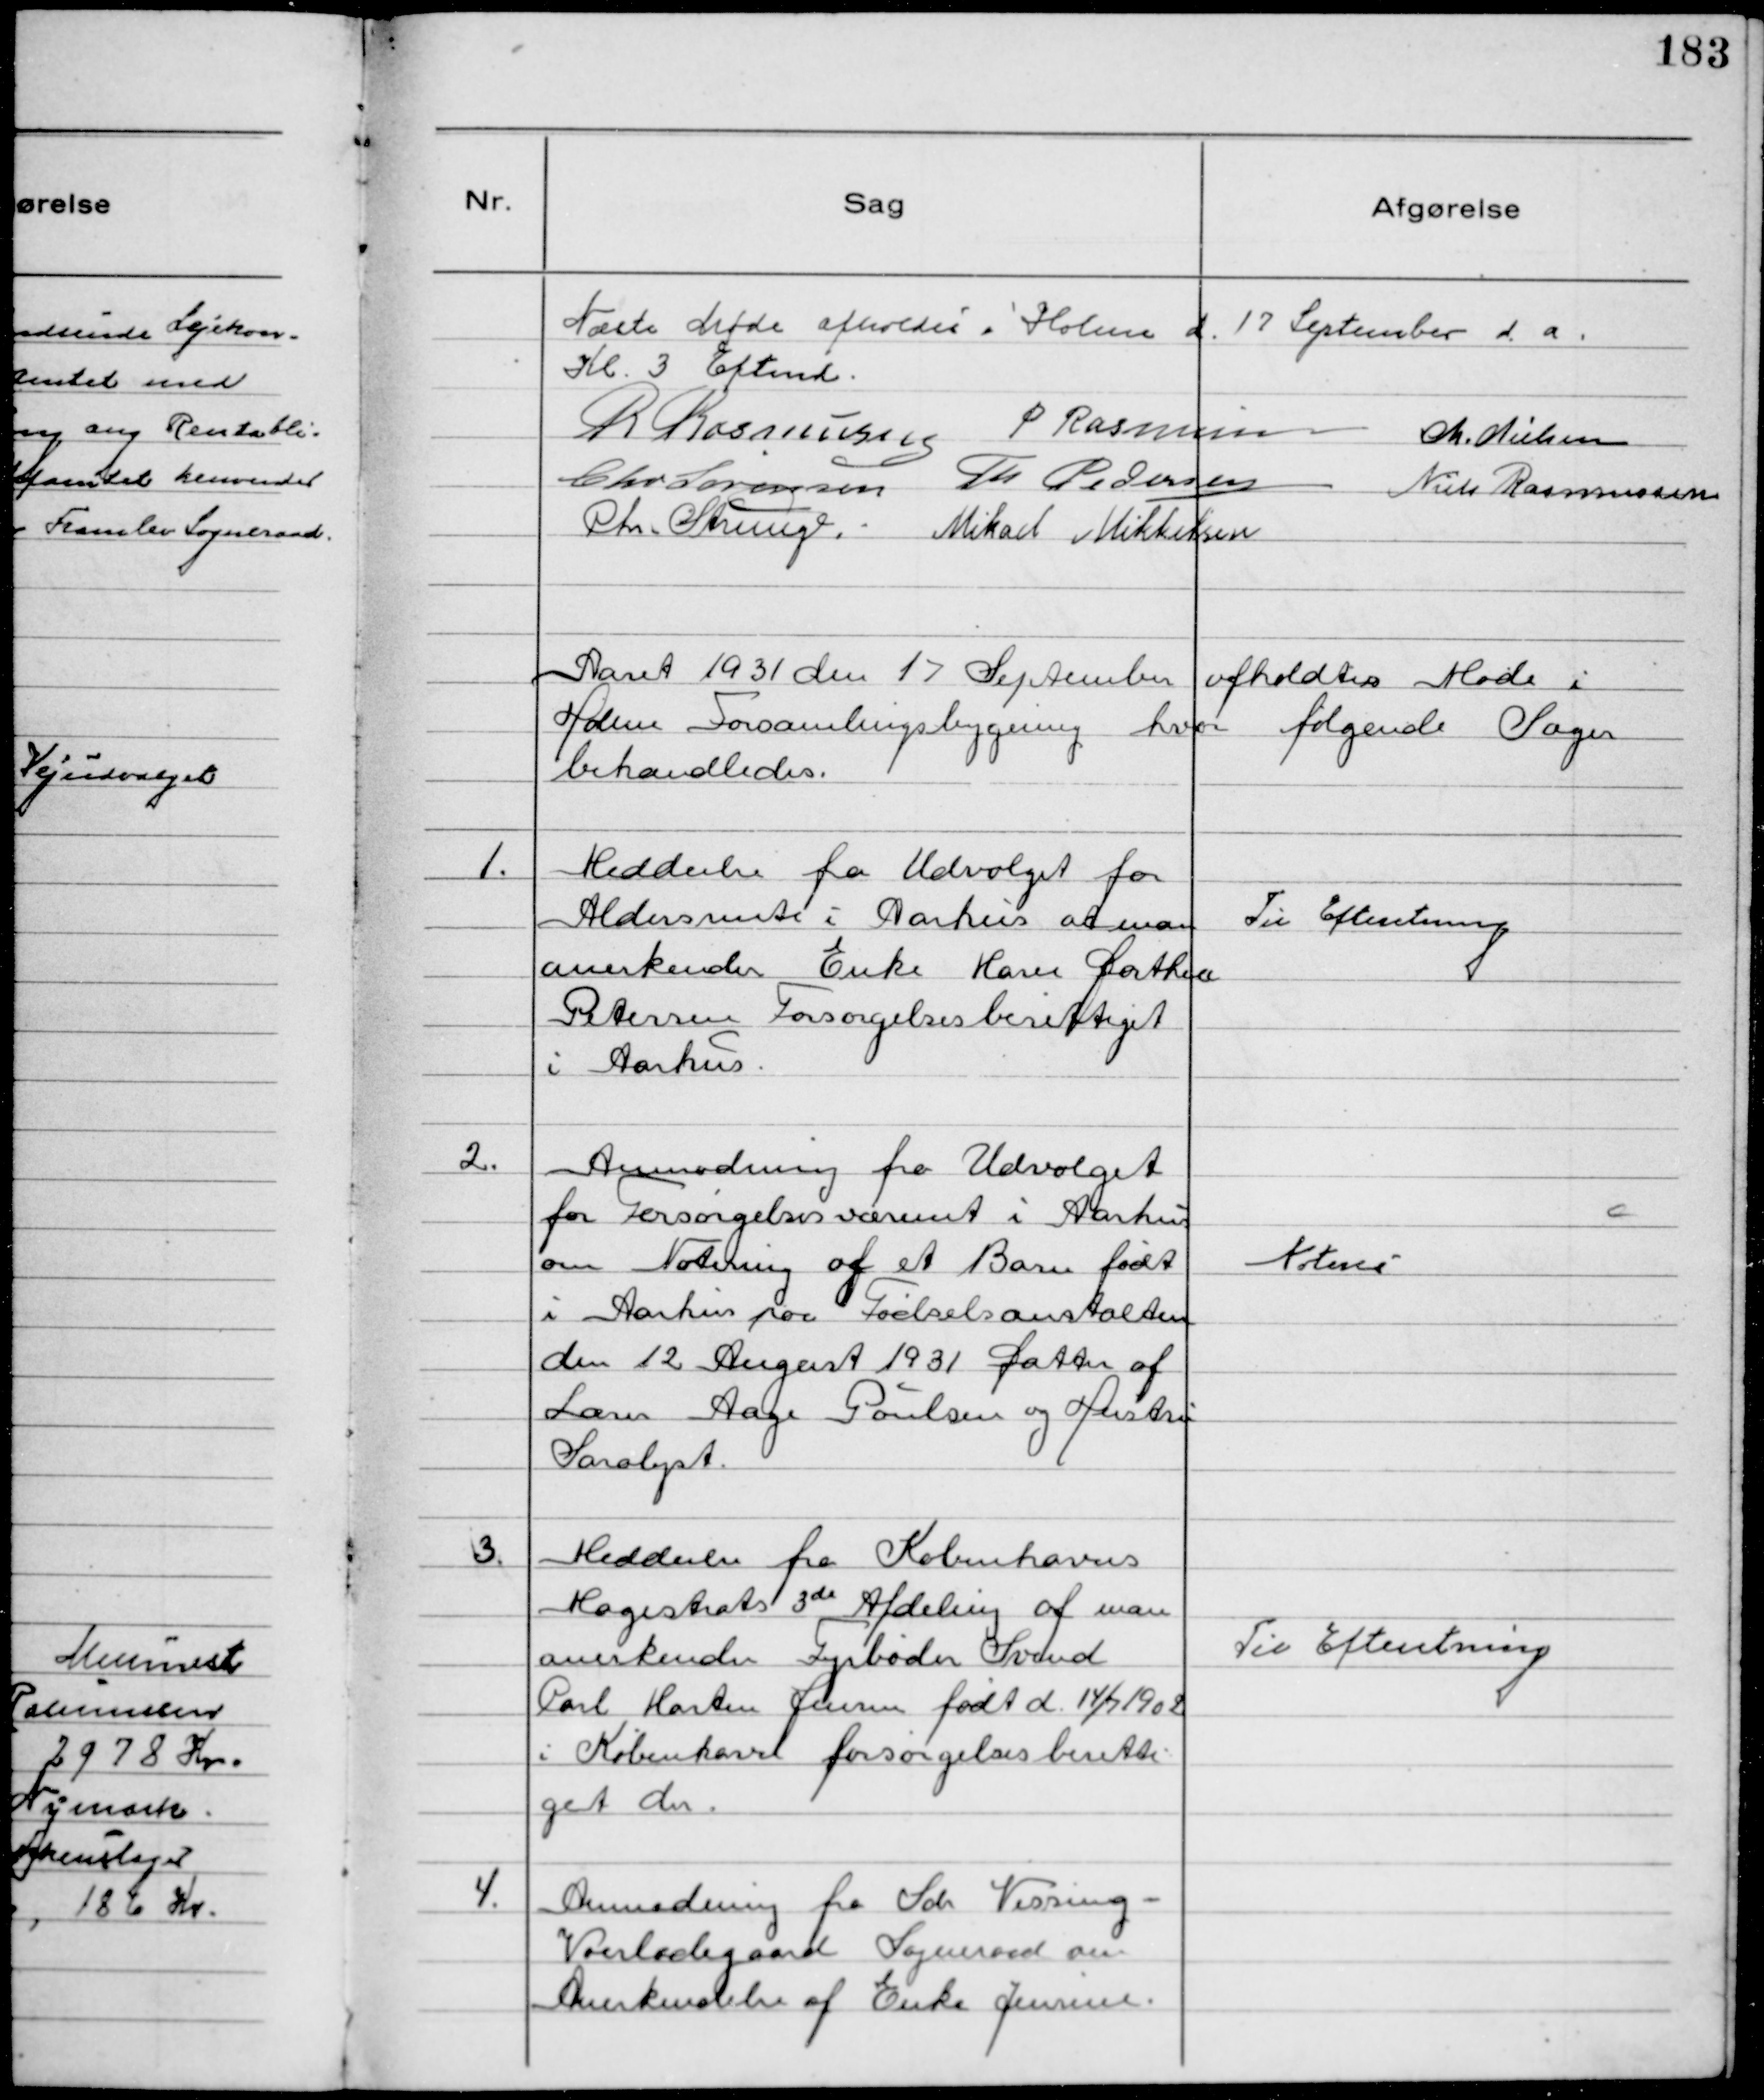
Transskription:
Næste Møde afholdes i Holme d. 17 September d.a.
Kl. 3 Eftmd.
R Rasmussen P Rasmussen Chr. Nielsen
Chr Sørensen Th Pedersen Niels Rasmussen
Chr. Strunge. Mikael Mikkelsen

Aaret 1931 den 17 September afholdtes Møde i
Holme Forsamlingsbygning hvor følgende Sager
behandledes.

1.
Meddeelse fra Udvalget for
Aldersrente i Aarhus at man
anerkender Enke Maren Dorthea
Petersen Forsørgelsesberettiget
i Aarhus.

Til Efteretning

2.
Anmodning fra Udvalget
for Forsørgelsesvæsenet i Aarhus
 om Notering af et Barn født
i Aarhus paa Fødselsanstalten
den 12 August 1931 Datter af
Lærer Aage Poulsen og Hustru
Saralyst

Noteres

3.
Meddeelse fra Københavns
Magistrats 3de Afdeling at man
anerkender Fyrbøder Svend
Carl Morten Jensen født d. 14/7 1902
i København forsørgelsesberetti-
get der.

Til Efteretning

4.
Anmodning fra Sdr. Vissing -
Voerladegaard Sogneraad om
Anerkendelse af Enke Jensine